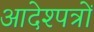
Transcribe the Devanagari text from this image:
आदेश्पत्रों